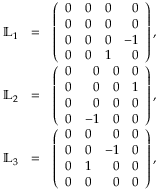
\begin{array} { r l r } { { \mathbb L } _ { 1 } } & { = } & { \left( \begin{array} { r r r r } { 0 } & { 0 } & { 0 } & { 0 } \\ { 0 } & { 0 } & { 0 } & { 0 } \\ { 0 } & { 0 } & { 0 } & { - 1 } \\ { 0 } & { 0 } & { 1 } & { 0 } \end{array} \right) , } \\ { { \mathbb L } _ { 2 } } & { = } & { \left( \begin{array} { r r r r } { 0 } & { 0 } & { 0 } & { 0 } \\ { 0 } & { 0 } & { 0 } & { 1 } \\ { 0 } & { 0 } & { 0 } & { 0 } \\ { 0 } & { - 1 } & { 0 } & { 0 } \end{array} \right) , } \\ { { \mathbb L } _ { 3 } } & { = } & { \left( \begin{array} { r r r r } { 0 } & { 0 } & { 0 } & { 0 } \\ { 0 } & { 0 } & { - 1 } & { 0 } \\ { 0 } & { 1 } & { 0 } & { 0 } \\ { 0 } & { 0 } & { 0 } & { 0 } \end{array} \right) , } \end{array}